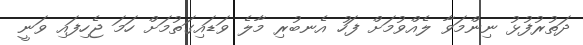
ދަތުރުފުޅު ނިންމަވާ ލެއްވުމަށް ފަހު އެނބުރި މާލެ ވަޑައިގަތުމަށް ހަމަ ޖެހިފައި ވަނީ